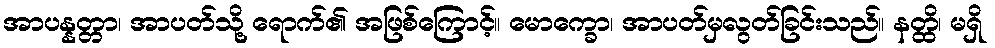
အာပန္နတ္တာ၊ အာပတ်သို့ ရောက်၏ အဖြစ်ကြောင့်။ မောက္ခော၊ အာပတ်မှလွတ်ခြင်းသည်။ နတ္ထိ၊ မရှိ